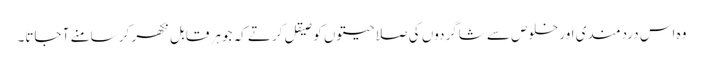
وہ اس دردمندی اور خلوص سے شاگردوں کی صلاحیتوں کو صیقل کرتے کہ جوہر قابل نکھر کر سامنے آ جاتا۔